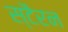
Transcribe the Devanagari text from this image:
स्टैरन